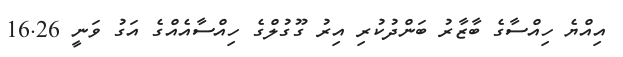
އިއްޔެ ހިއްސާގެ ބާޒާރު ބަންދުކުރި އިރު ގޫގުލްގެ ހިއްސާއެއްގެ އަގު ވަނީ 16.26